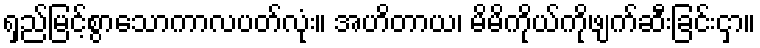
ရှည်မြင့်စွာသောကာလပတ်လုံး။ အဟိတာယ၊ မိမိကိုယ်ကိုဖျက်ဆီးခြင်းငှာ။